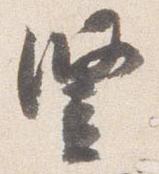
豎